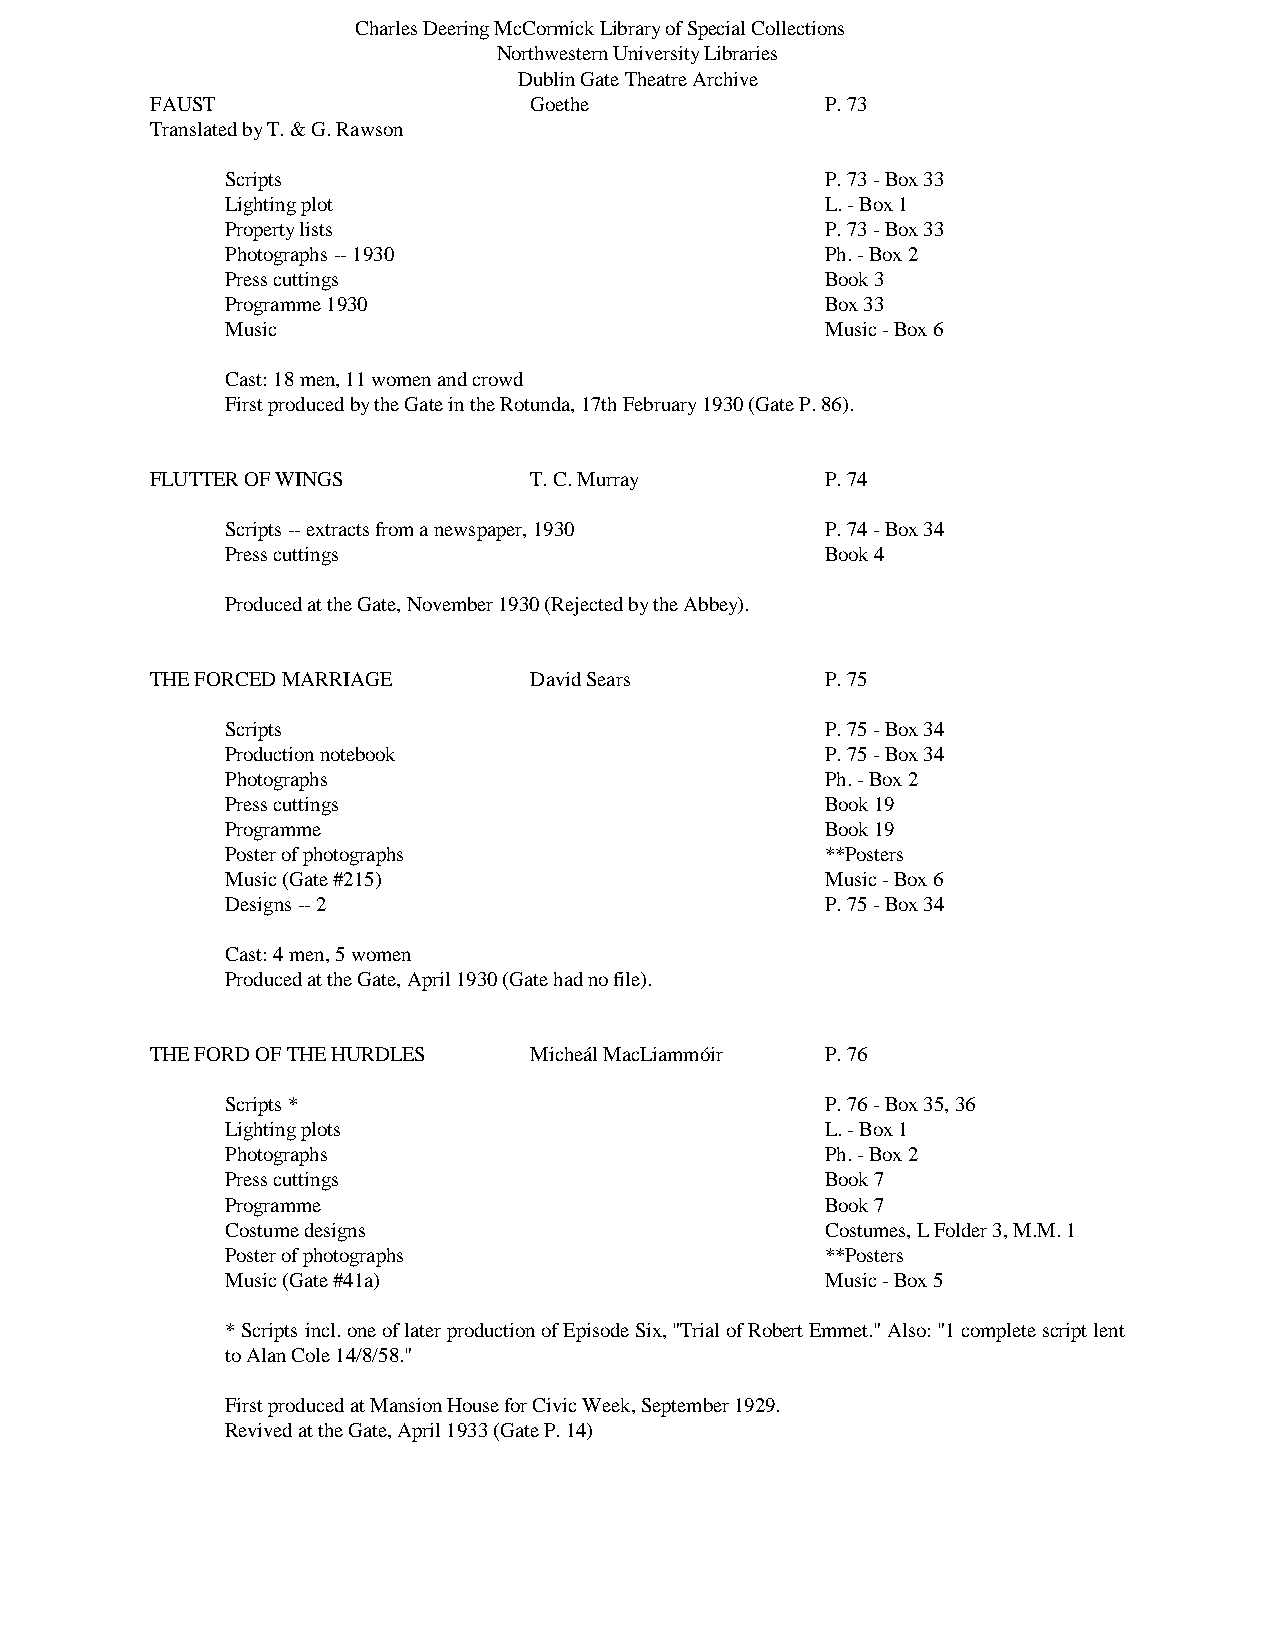
Charles Deering McCormick Library of Special Collections
 Northwestern University Libraries
 Dublin Gate Theatre Archive
 FAUST                    Goethe              P. 73
 Translated by T. & G. Rawson
 Scripts                                 P. 73 - Box 33
 Lighting plot                           L. - Box 1
 Property lists                          P. 73 - Box 33
 Photographs -- 1930                     Ph. - Box 2
 Press cuttings                          Book 3
 Programme 1930                          Box 33
 Music                                   Music - Box 6
 Cast: 18 men, 11 women and crowd
 First produced by the Gate in the Rotunda, 17th February 1930 (Gate P. 86).
 FLUTTER OF WINGS         T. C. Murray        P. 74
 Scripts -- extracts from a newspaper, 1930 P. 74 - Box 34
 Press cuttings                          Book 4
 Produced at the Gate, November 1930 (Rejected by the Abbey).
 THE FORCED MARRIAGE      David Sears         P. 75
 Scripts                                 P. 75 - Box 34
 Production notebook                     P. 75 - Box 34
 Photographs                             Ph. - Box 2
 Press cuttings                          Book 19
 Programme                               Book 19
 Poster of photographs                   **Posters
 Music (Gate #215)                       Music - Box 6
 Designs -- 2                            P. 75 - Box 34
 Cast: 4 men, 5 women
 Produced at the Gate, April 1930 (Gate had no file).
 THE FORD OF THE HURDLES  Micheál MacLiammóir P. 76
 Scripts *                               P. 76 - Box 35, 36
 Lighting plots                          L. - Box 1
 Photographs                             Ph. - Box 2
 Press cuttings                          Book 7
 Programme                               Book 7
 Costume designs                         Costumes, L Folder 3, M.M. 1
 Poster of photographs                   **Posters
 Music (Gate #41a)                       Music - Box 5
 * Scripts incl. one of later production of Episode Six, "Trial of Robert Emmet." Also: "1 complete script lent
 to Alan Cole 14/8/58."
 First produced at Mansion House for Civic Week, September 1929.
 Revived at the Gate, April 1933 (Gate P. 14)